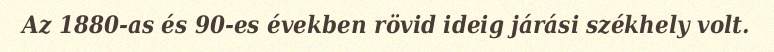
Az 1880-as és 90-es években rövid ideig járási székhely volt.